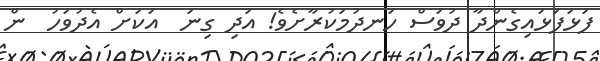
ފަޅަފަޅައިގެންދާ ދުވަސް ހަނދުމަކުރާށެވެ! އަދި ގިނަ  އަކަށް އެދުވަހު  ން